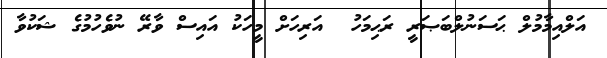
އަލްއިމާމުލް ޙަސަނުލްބަޞަރީ ރަޙިމަހު  އަރިހަށް މީހަކު އައިސް ވާރޭ ނުވެހުމުގެ ޝަކުވާ